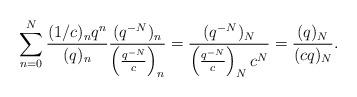
LaTeX: \begin{align*}\sum_{n=0}^{N} \frac{(1/c)_n q^n}{(q)_n} \frac{(q^{-N})_n}{ \left(\frac{q^{-N}}{c}\right)_n}= \frac{(q^{-N})_N}{\left(\frac{q^{-N}}{c}\right)_N c^N } = \frac{(q)_N}{(cq)_{N}}. \end{align*}